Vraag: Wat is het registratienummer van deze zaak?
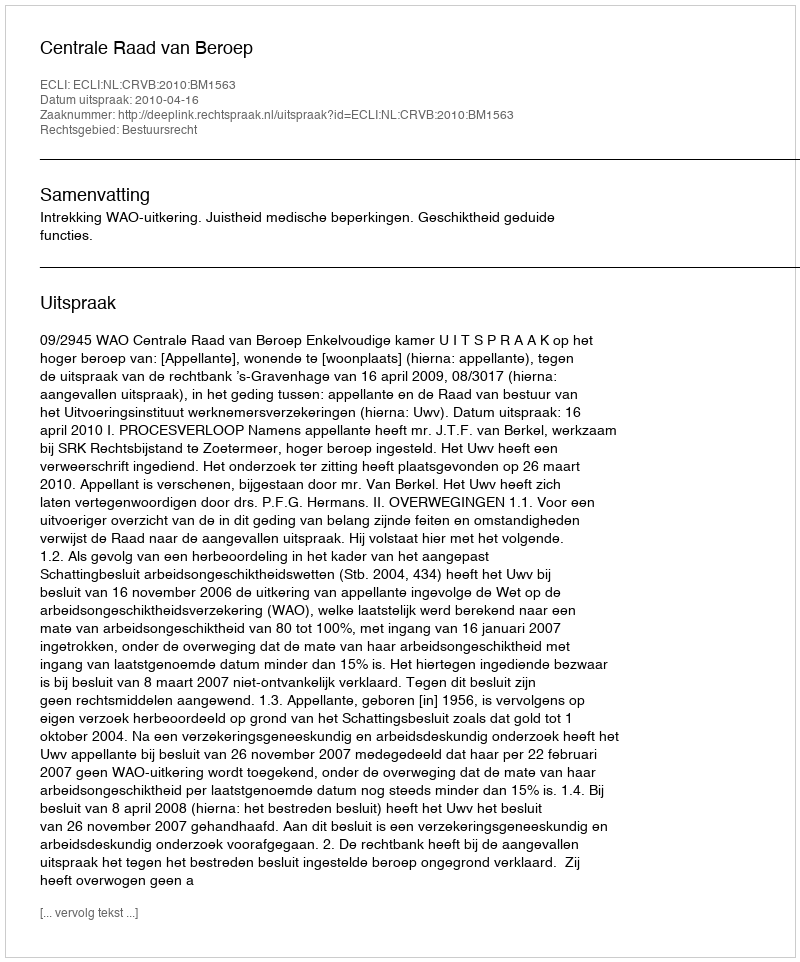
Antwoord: http://deeplink.rechtspraak.nl/uitspraak?id=ECLI:NL:CRVB:2010:BM1563